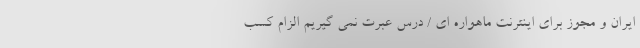
ایران و مجوز برای اینترنت ماهواره ای / درس عبرت نمی گیریم الزام کسب